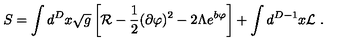
S = \int d ^ { D } x \sqrt { g } \left[ { \cal R } - \frac { 1 } { 2 } ( \partial \varphi ) ^ { 2 } - 2 \Lambda e ^ { b \varphi } \right] + \int d ^ { D - 1 } x { \cal L } \ .